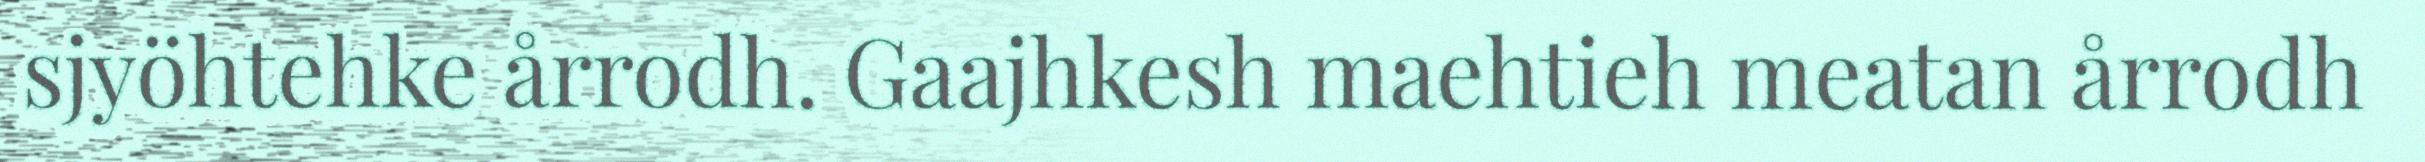
sjyöhtehke årrodh. Gaajhkesh maehtieh meatan årrodh